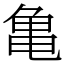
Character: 亀